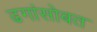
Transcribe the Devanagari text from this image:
ढगांसोबत